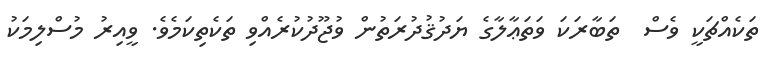
ތަކެއްޗަކީ ވެސް  ތަބާރަކަ ވަތަޢާލާގެ ޔަދުޤުދުރަތުން ވުޖޫދުކުރެއްވި ތަކެތިކަމެވެ. ވީއިރު މުސްލިމަކު